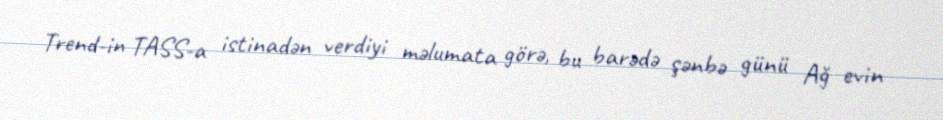
Trend-in TASS-a istinadən verdiyi məlumata görə, bu barədə şənbə günü Ağ evin